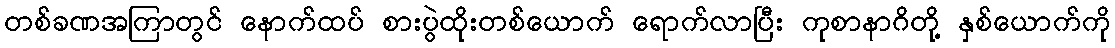
တစ်ခဏအကြာတွင် နောက်ထပ် စားပွဲထိုးတစ်ယောက် ရောက်လာပြီး ကုစာနာဂိတို့ နှစ်ယောက်ကို